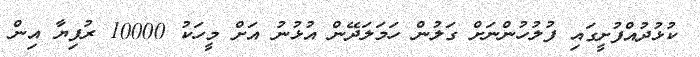
ކުޅުދުއްފުށީގައި ފުލުހުންނަށް ގަލުން ހަމަލަދޭން އުޅުނު އަށް މީހަކު 10000 ރުފިޔާ އިން